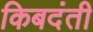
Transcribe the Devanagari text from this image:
किबदंती